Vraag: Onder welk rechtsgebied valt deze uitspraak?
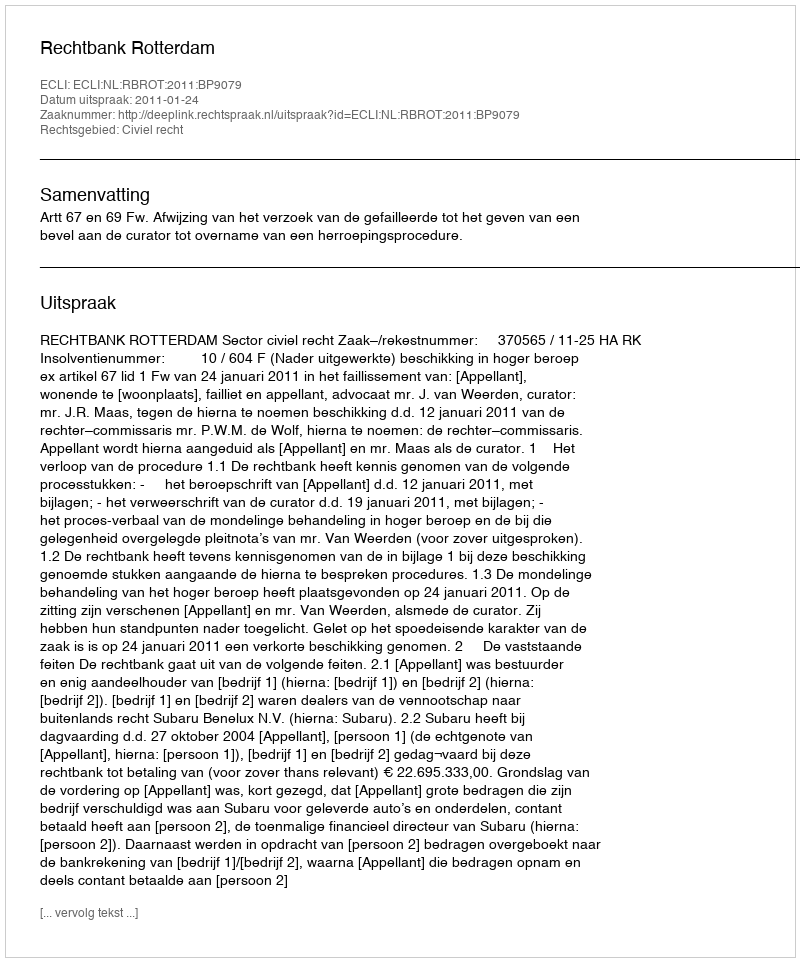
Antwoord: Civiel recht